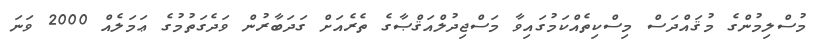
މުސްލިމުންގެ މުޤައްދަސް މިސްކިތެއްކަމުގައިވާ މަސްޖިދުލްއަޤްޞާގެ ތެރެއަށް ގަދަބާރުން ވަދެގަތުމުގެ ޢަމަލެއް 2000 ވަނަ